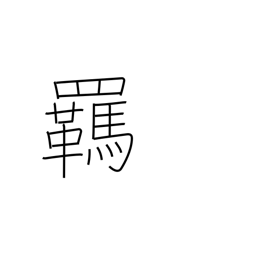
Meaning: reins